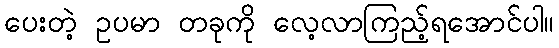
ပေးတဲ့ ဥပမာ တခုကို လေ့လာကြည့်ရအောင်ပါ။